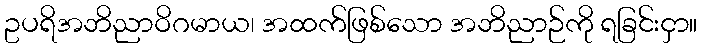
ဥပရိအဘိညာဝိဂမာယ၊ အထက်ဖြစ်သော အဘိညာဉ်ကို ရခြင်းငှာ။